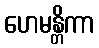
ဟေမန္တိကာ